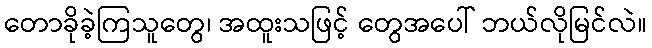
တောခိုခဲ့ကြသူတွေ၊ အထူးသဖြင့် တွေအပေါ် ဘယ်လိုမြင်လဲ။